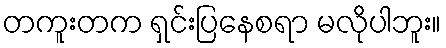
တကူးတက ရှင်းပြနေစရာ မလိုပါဘူး။